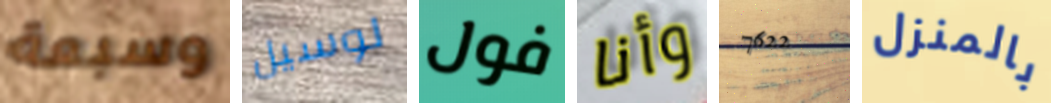
وسبعة لوسيل فول وأنا 7622 بالمنزل